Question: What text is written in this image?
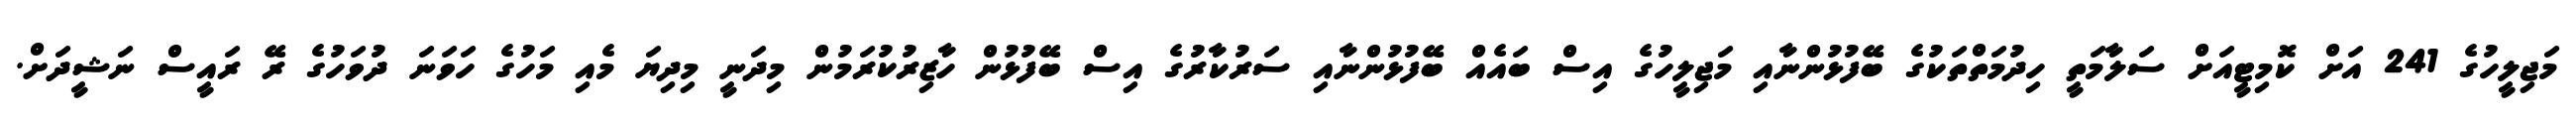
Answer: މަޖިލީހުގެ 241 އަށް ކޮމިޓީއަށް ސަލާމަތީ ހިދުމަތްތަކުގެ ބޭފުޅުންނާއި މަޖިލީހުގެ އިސް ބައެއް ބޭފުޅުންނާއި ސަރުކާރުގެ އިސް ބޭފުޅުން ހާޒިރުކުރަމުން މިދަނީ މިދިޔަ މެއި މަހުގެ ހަވަނަ ދުވަހުގެ ރޭ ރައީސް ނަޝީދަށް.